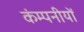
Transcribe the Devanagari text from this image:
कंम्पनीयों